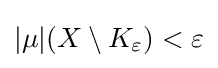
|\mu |(X\setminus K_{\varepsilon })<\varepsilon